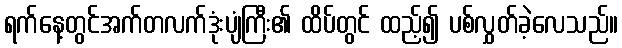
ရက်နေ့တွင်အက်တလက်ဒုံးပျံကြီး၏ ထိပ်တွင် ထည့်၍ ပစ်လွှတ်ခဲ့လေသည်။